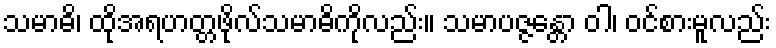
သမာဓိ၊ ထိုအရဟတ္တဖိုလ်သမာဓိကိုလည်း။ သမာပဇ္ဇန္တော ဝါ၊ ဝင်စားမူလည်း